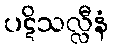
ပဋိသလ္လီနံ